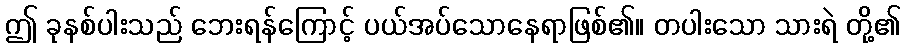
ဤ ခုနစ်ပါးသည် ဘေးရန်ကြောင့် ပယ်အပ်သောနေရာဖြစ်၏။ တပါးသော သားရဲ တို့၏